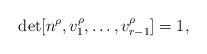
LaTeX: \begin{align*}\det [ n^\rho, v_1^\rho,\ldots, v_{r-1}^\rho] = 1 ,\end{align*}